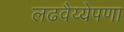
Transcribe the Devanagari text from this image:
लढवैय्येपणा